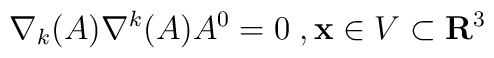
\nabla_{k}(A)\nabla^{k}(A) A^{0} = 0\;, {\bf x} \in V \subset {\bf R}^{3}